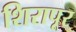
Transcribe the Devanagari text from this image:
शिरापूर